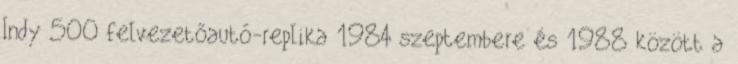
Indy 500 felvezetőautó-replika 1984 szeptembere és 1988 között a